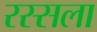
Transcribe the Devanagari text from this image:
रस्सला